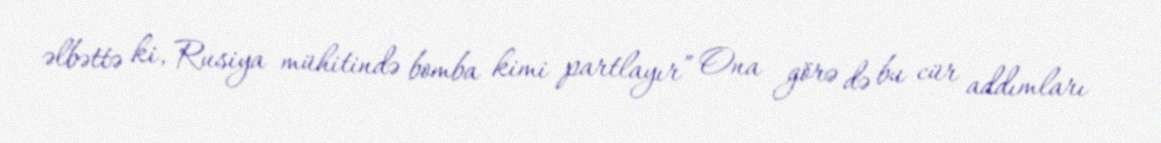
əlbəttə ki, Rusiya mühitində bomba kimi partlayır” Ona görə də bu cür addımları